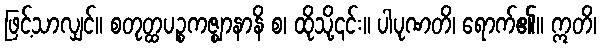
ဖြင့်သာလျှင်။ စတုတ္ထပဉ္စကဇ္ဈာနာနိ စ၊ ထိုသို့၎င်း။ ပါပုဏတိ၊ ရောက်၏။ ဣတိ၊